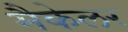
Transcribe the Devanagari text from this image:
मैकेलर